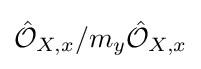
{\hat {\mathcal {O}}}_{X,x}/m_{y}{\hat {\mathcal {O}}}_{X,x}